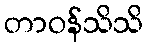
တာဝန်သိသိ